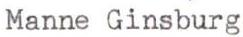
Manne Ginsburg